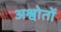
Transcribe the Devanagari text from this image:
अश्वोतों